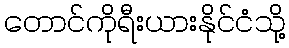
တောင်ကိုရီးယားနိုင်ငံသို့